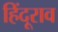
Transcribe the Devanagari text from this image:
हिंदूराव